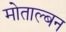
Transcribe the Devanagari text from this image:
मोताल्बन